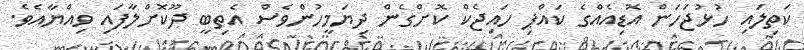
ކަތިލައި ހުޅުޖަހަން އޮޑިއެއްގެ ކައްޕި ހައިޖެކް ކޮށްގެން ދިޔަމީހުންވެސް އެތިބީ ދޫކޮށްލާފައި ވިއްޔާއެވެ.